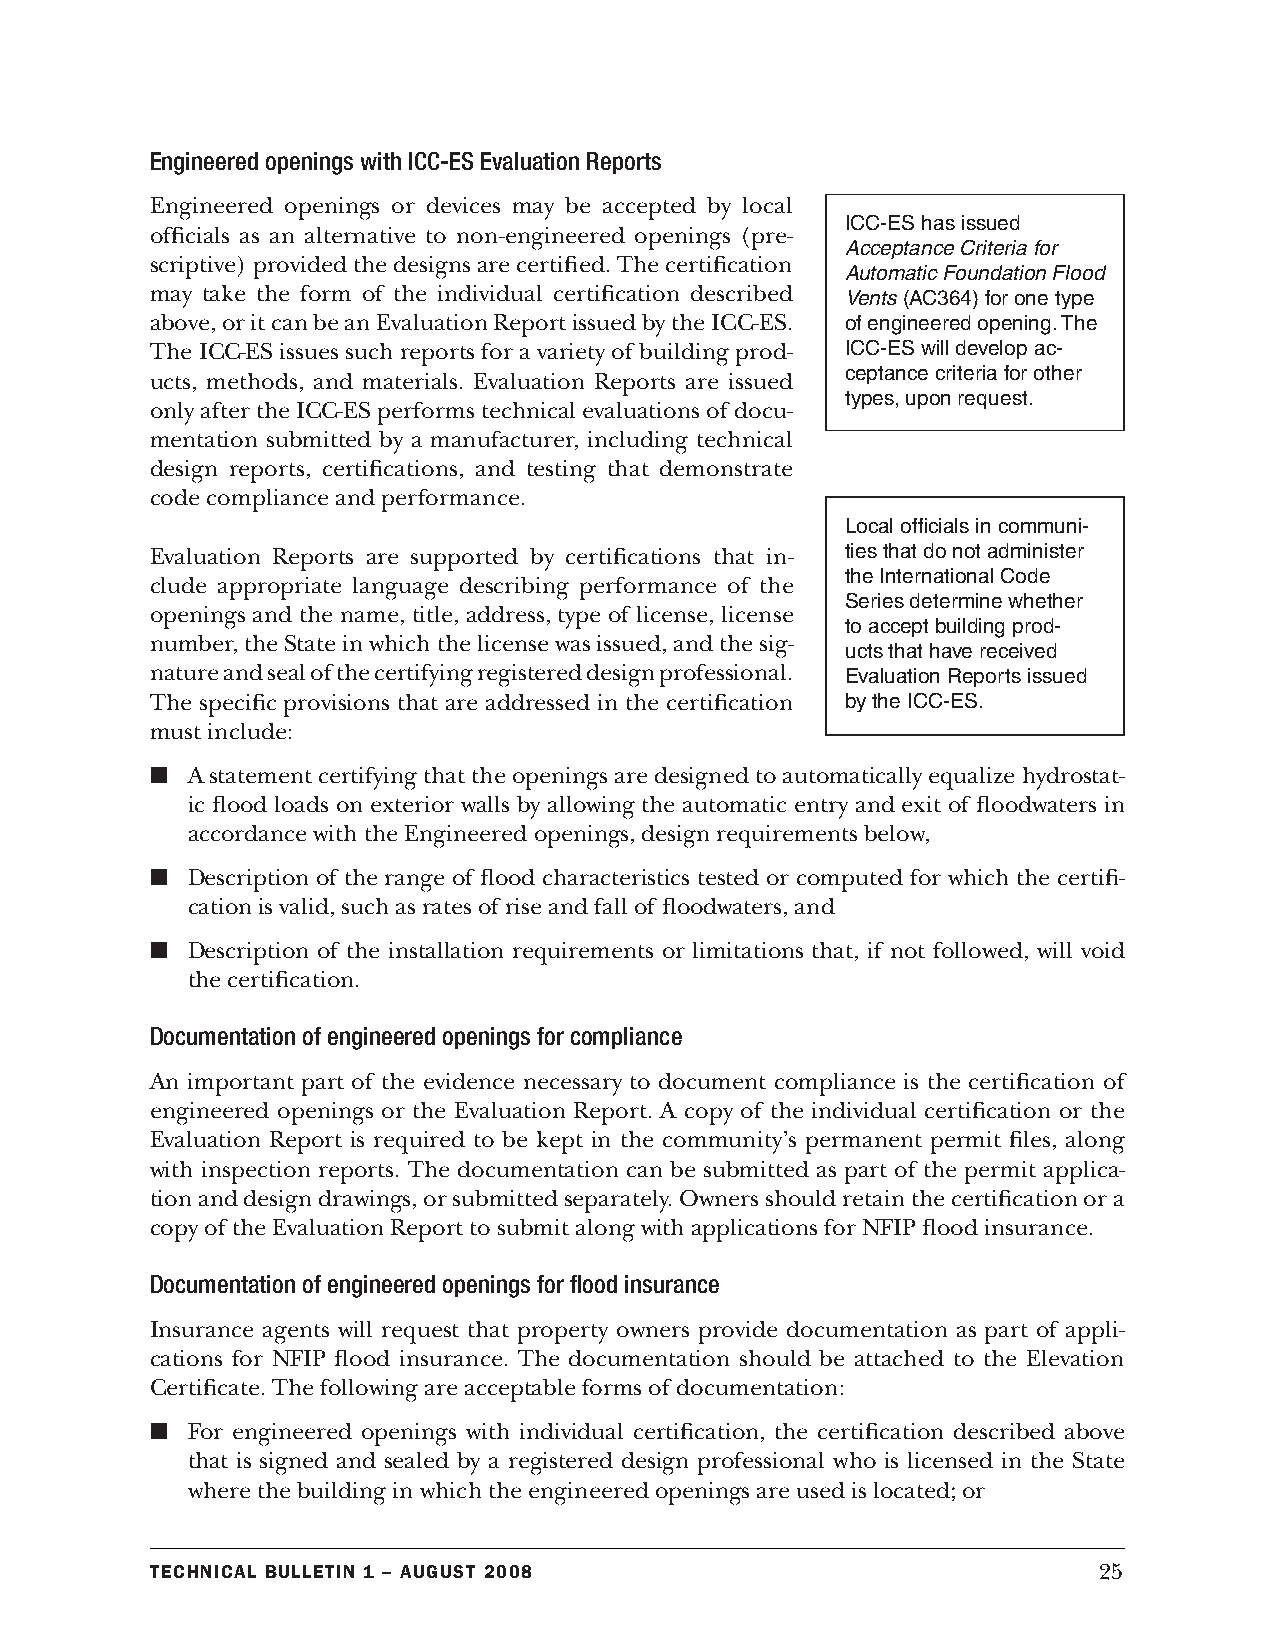
Engineered openings with ICC-ES Evaluation Reports
 Engineered openings or devices may be accepted by local
 ICC-ES has issued
 officials as an alternative to non-engineered openings (pre-
 Acceptance Criteria for
 scriptive) provided the designs are certified. The certification
 Automatic Foundation Flood
 may take the form of the individual certification described Vents (AC364) for one type
 above, or it can be an Evaluation Report issued by the ICC-ES. of engineered opening. The
 The ICC-ES issues such reports for a variety of building prod- ICC-ES will develop ac-
 ceptance criteria for other
 ucts, methods, and materials. Evaluation Reports are issued
 types, upon request.
 only after the ICC-ES performs technical evaluations of docu-
 mentation submitted by a manufacturer, including technical
 design reports, certifications, and testing that demonstrate
 code compliance and performance.
 Local officials in communi-
 Evaluation Reports are supported by certifications that in- ties that do not administer
 the International Code
 clude appropriate language describing performance of the
 Series determine whether
 openings and the name, title, address, type of license, license
 to accept building prod-
 number, the State in which the license was issued, and the sig-
 ucts that have received
 nature and seal of the certifying registered design professional. Evaluation Reports issued
 The specific provisions that are addressed in the certification by the ICC-ES.
 must include:
 n A statement certifying that the openings are designed to automatically equalize hydrostat-
 ic flood loads on exterior walls by allowing the automatic entry and exit of floodwaters in
 accordance with the Engineered openings, design requirements below,
 n Description of the range of flood characteristics tested or computed for which the certifi-
 cation is valid, such as rates of rise and fall of floodwaters, and
 n Description of the installation requirements or limitations that, if not followed, will void
 the certification.
 Documentation of engineered openings for compliance
 An important part of the evidence necessary to document compliance is the certification of
 engineered openings or the Evaluation Report. A copy of the individual certification or the
 Evaluation Report is required to be kept in the community’s permanent permit files, along
 with inspection reports. The documentation can be submitted as part of the permit applica-
 tion and design drawings, or submitted separately. Owners should retain the certification or a
 copy of the Evaluation Report to submit along with applications for NFIP flood insurance.
 Documentation of engineered openings for flood insurance
 Insurance agents will request that property owners provide documentation as part of appli-
 cations for NFIP flood insurance. The documentation should be attached to the Elevation
 Certificate. The following are acceptable forms of documentation:
 n For engineered openings with individual certification, the certification described above
 that is signed and sealed by a registered design professional who is licensed in the State
 where the building in which the engineered openings are used is located; or
 Technical BulleTin 1 – augusT 2008                             25